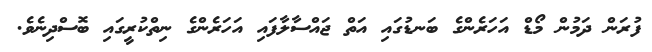
ފުރަން ދަމުން މޯޑް އަހަރެންގެ ބަނޑުގައި އަތް ޖައްސާލާފައި އަހަރެންގެ ނިތްކުރީގައި ބޮސްދިނެވެ.